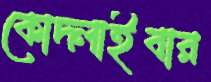
কোদ্‌লাইবার